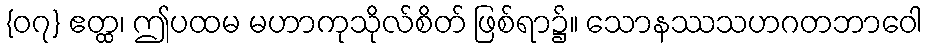
{၀၇} ဧတ္ထ၊ ဤပထမ မဟာကုသိုလ်စိတ် ဖြစ်ရာ၌။ သောနဿသဟဂတဘာဝေါ